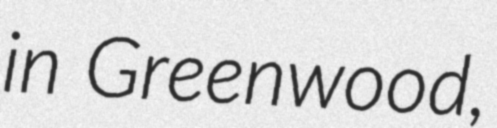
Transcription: in Greenwood,